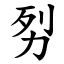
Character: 劽